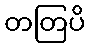
တတြပိ